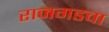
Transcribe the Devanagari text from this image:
राजगडचा